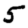
Digit: 5